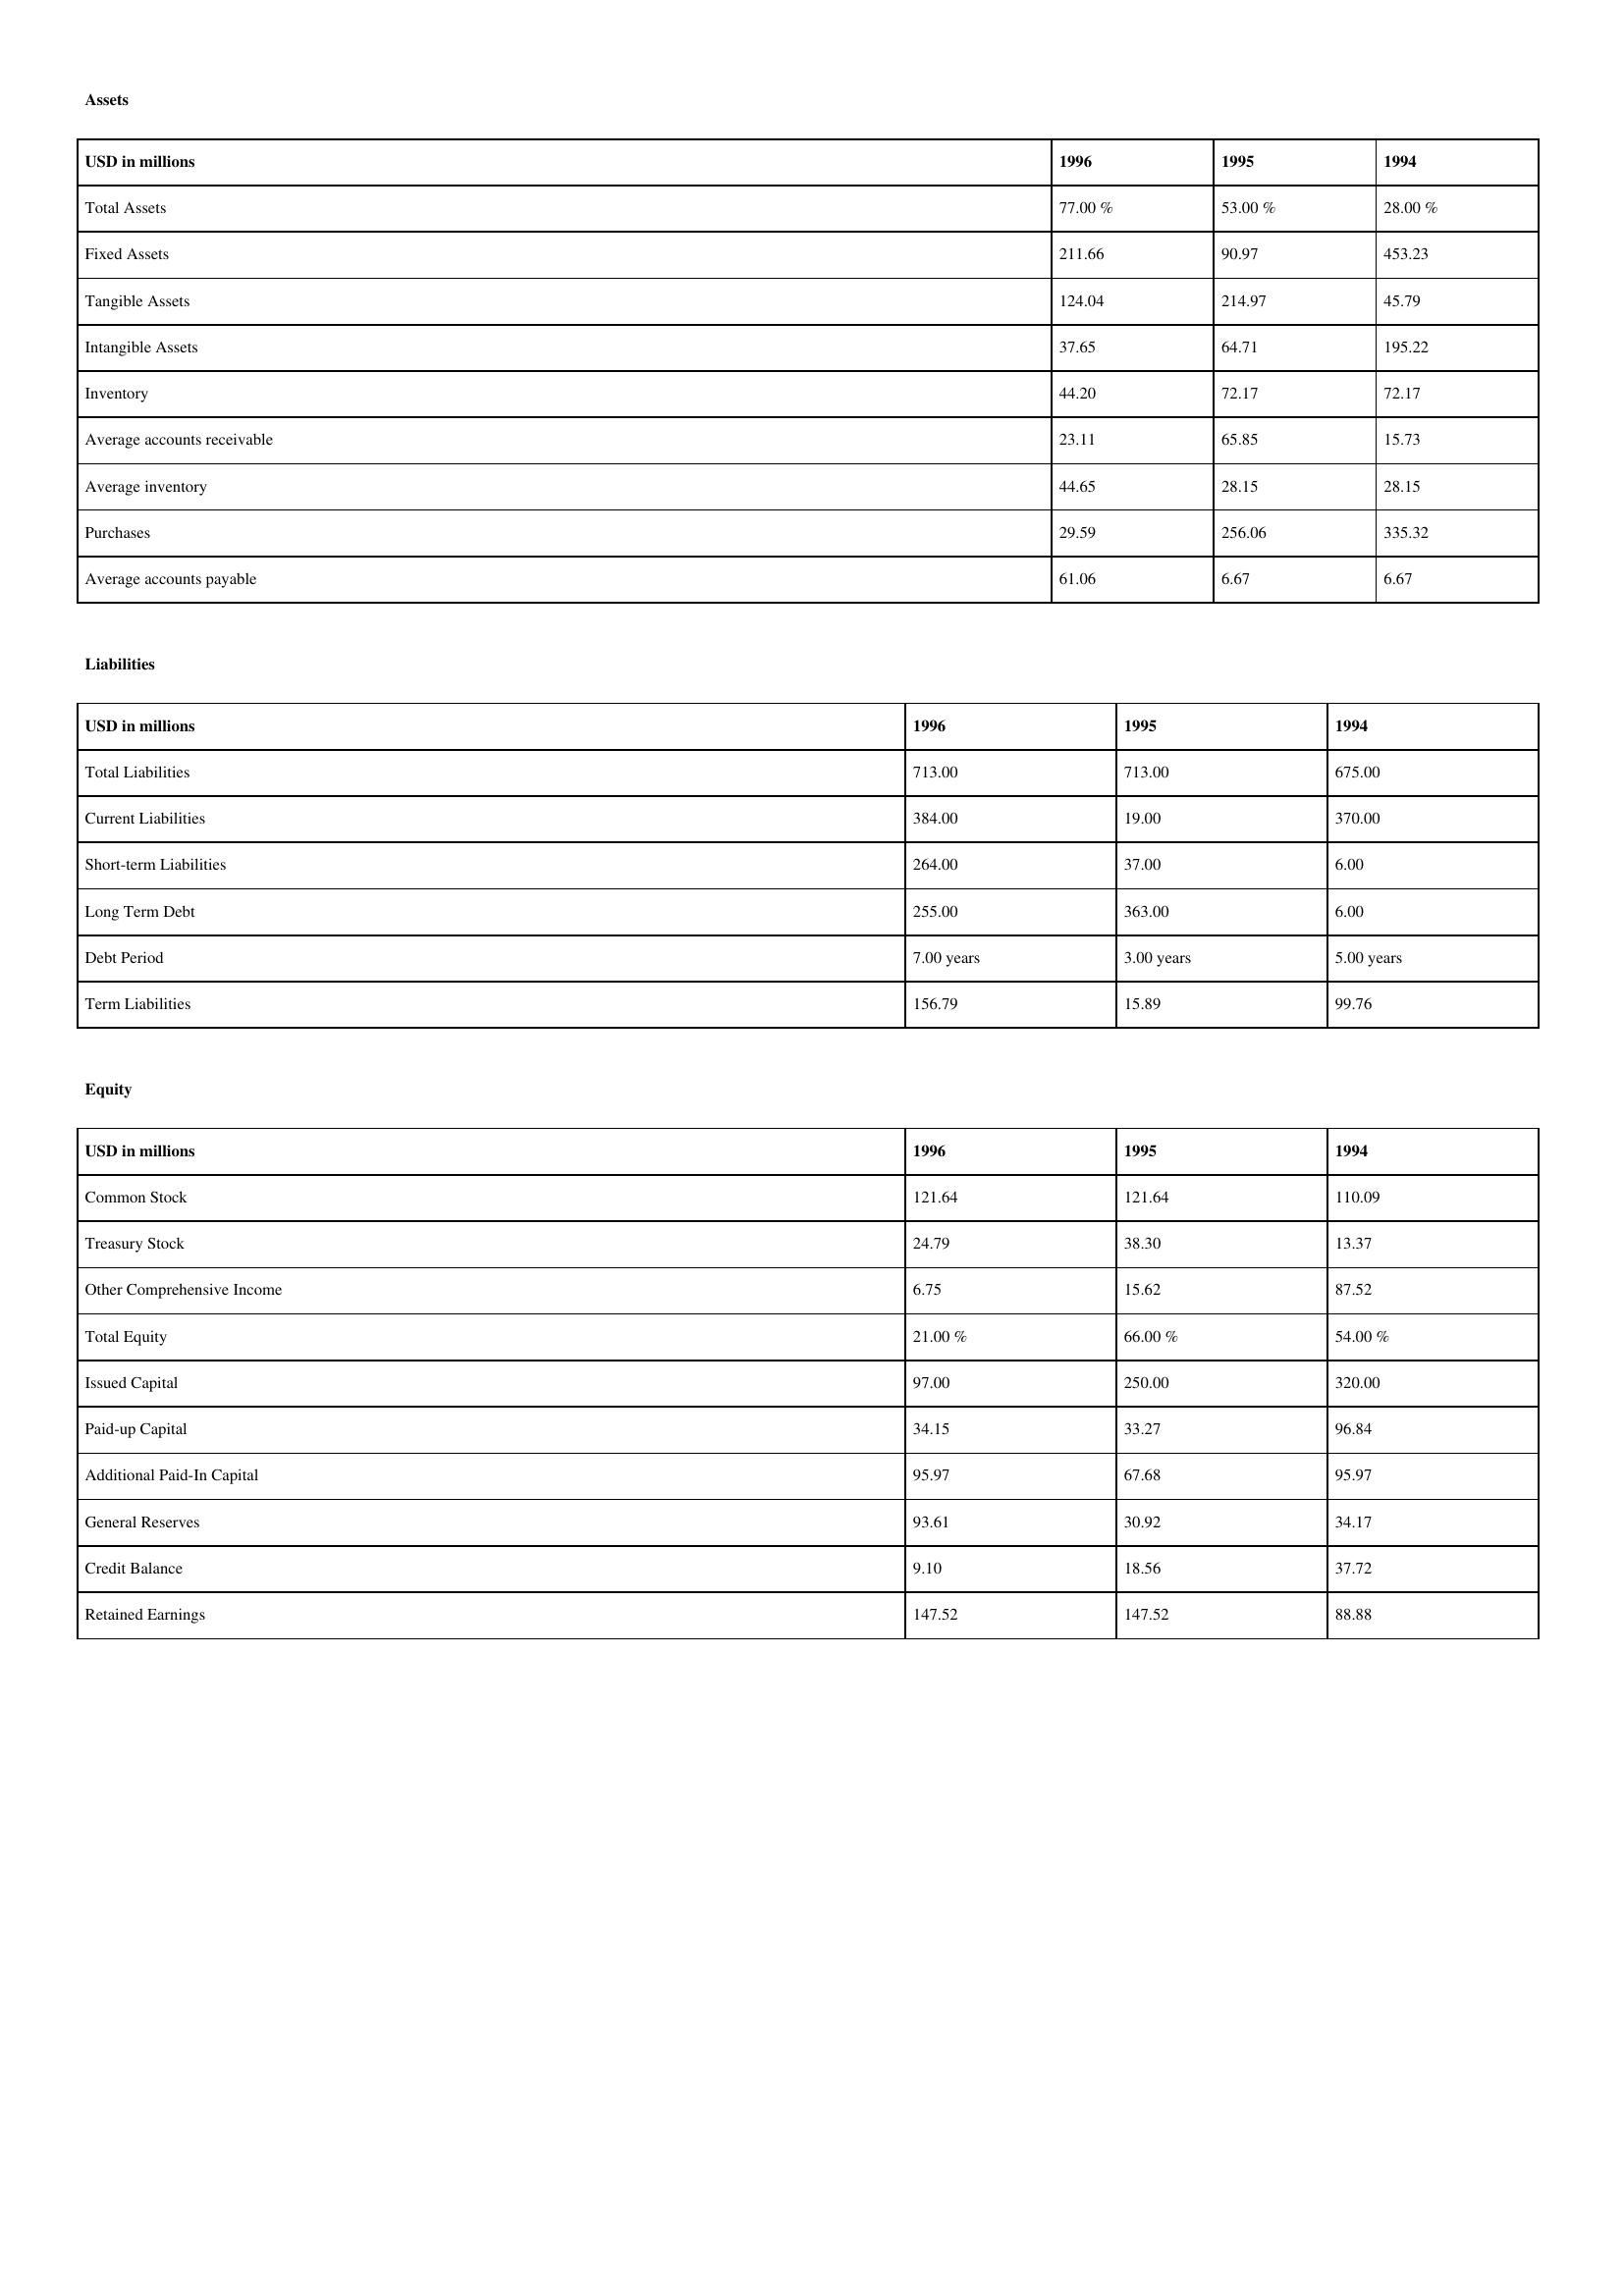
gt_parse: 1996: Assets: Total Assets: 77.00 %
Fixed Assets: 211.66
Tangible Assets: 124.04
Intangible Assets: 37.65
Inventory: 44.20
Average accounts receivable: 23.11
Average inventory: 44.65
Purchases: 29.59
Average accounts payable: 61.06
Liabilities: Total Liabilities: 713.00
Current Liabilities: 384.00
Short-term Liabilities: 264.00
Long Term Debt: 255.00
Debt Period: 7.00 years
Term Liabilities: 156.79
Equity: Common Stock: 121.64
Treasury Stock: 24.79
Other Comprehensive Income: 6.75
Total Equity: 21.00 %
Issued Capital: 97.00
Paid-up Capital: 34.15
Additional Paid-In Capital: 95.97
General Reserves: 93.61
Credit Balance: 9.10
Retained Earnings: 147.52
1995: Assets: Total Assets: 53.00 %
Fixed Assets: 90.97
Tangible Assets: 214.97
Intangible Assets: 64.71
Inventory: 72.17
Average accounts receivable: 65.85
Average inventory: 28.15
Purchases: 256.06
Average accounts payable: 6.67
Liabilities: Total Liabilities: 713.00
Current Liabilities: 19.00
Short-term Liabilities: 37.00
Long Term Debt: 363.00
Debt Period: 3.00 years
Term Liabilities: 15.89
Equity: Common Stock: 121.64
Treasury Stock: 38.30
Other Comprehensive Income: 15.62
Total Equity: 66.00 %
Issued Capital: 250.00
Paid-up Capital: 33.27
Additional Paid-In Capital: 67.68
General Reserves: 30.92
Credit Balance: 18.56
Retained Earnings: 147.52
1994: Assets: Total Assets: 28.00 %
Fixed Assets: 453.23
Tangible Assets: 45.79
Intangible Assets: 195.22
Inventory: 72.17
Average accounts receivable: 15.73
Average inventory: 28.15
Purchases: 335.32
Average accounts payable: 6.67
Liabilities: Total Liabilities: 675.00
Current Liabilities: 370.00
Short-term Liabilities: 6.00
Long Term Debt: 6.00
Debt Period: 5.00 years
Term Liabilities: 99.76
Equity: Common Stock: 110.09
Treasury Stock: 13.37
Other Comprehensive Income: 87.52
Total Equity: 54.00 %
Issued Capital: 320.00
Paid-up Capital: 96.84
Additional Paid-In Capital: 95.97
General Reserves: 34.17
Credit Balance: 37.72
Retained Earnings: 88.88